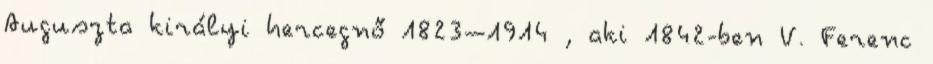
Auguszta királyi hercegnő 1823–1914 , aki 1842-ben V. Ferenc